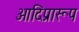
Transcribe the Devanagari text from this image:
आदिप्रारूप